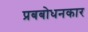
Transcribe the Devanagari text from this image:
प्रबबोधनकार